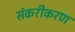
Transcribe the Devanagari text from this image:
संकरीकरण